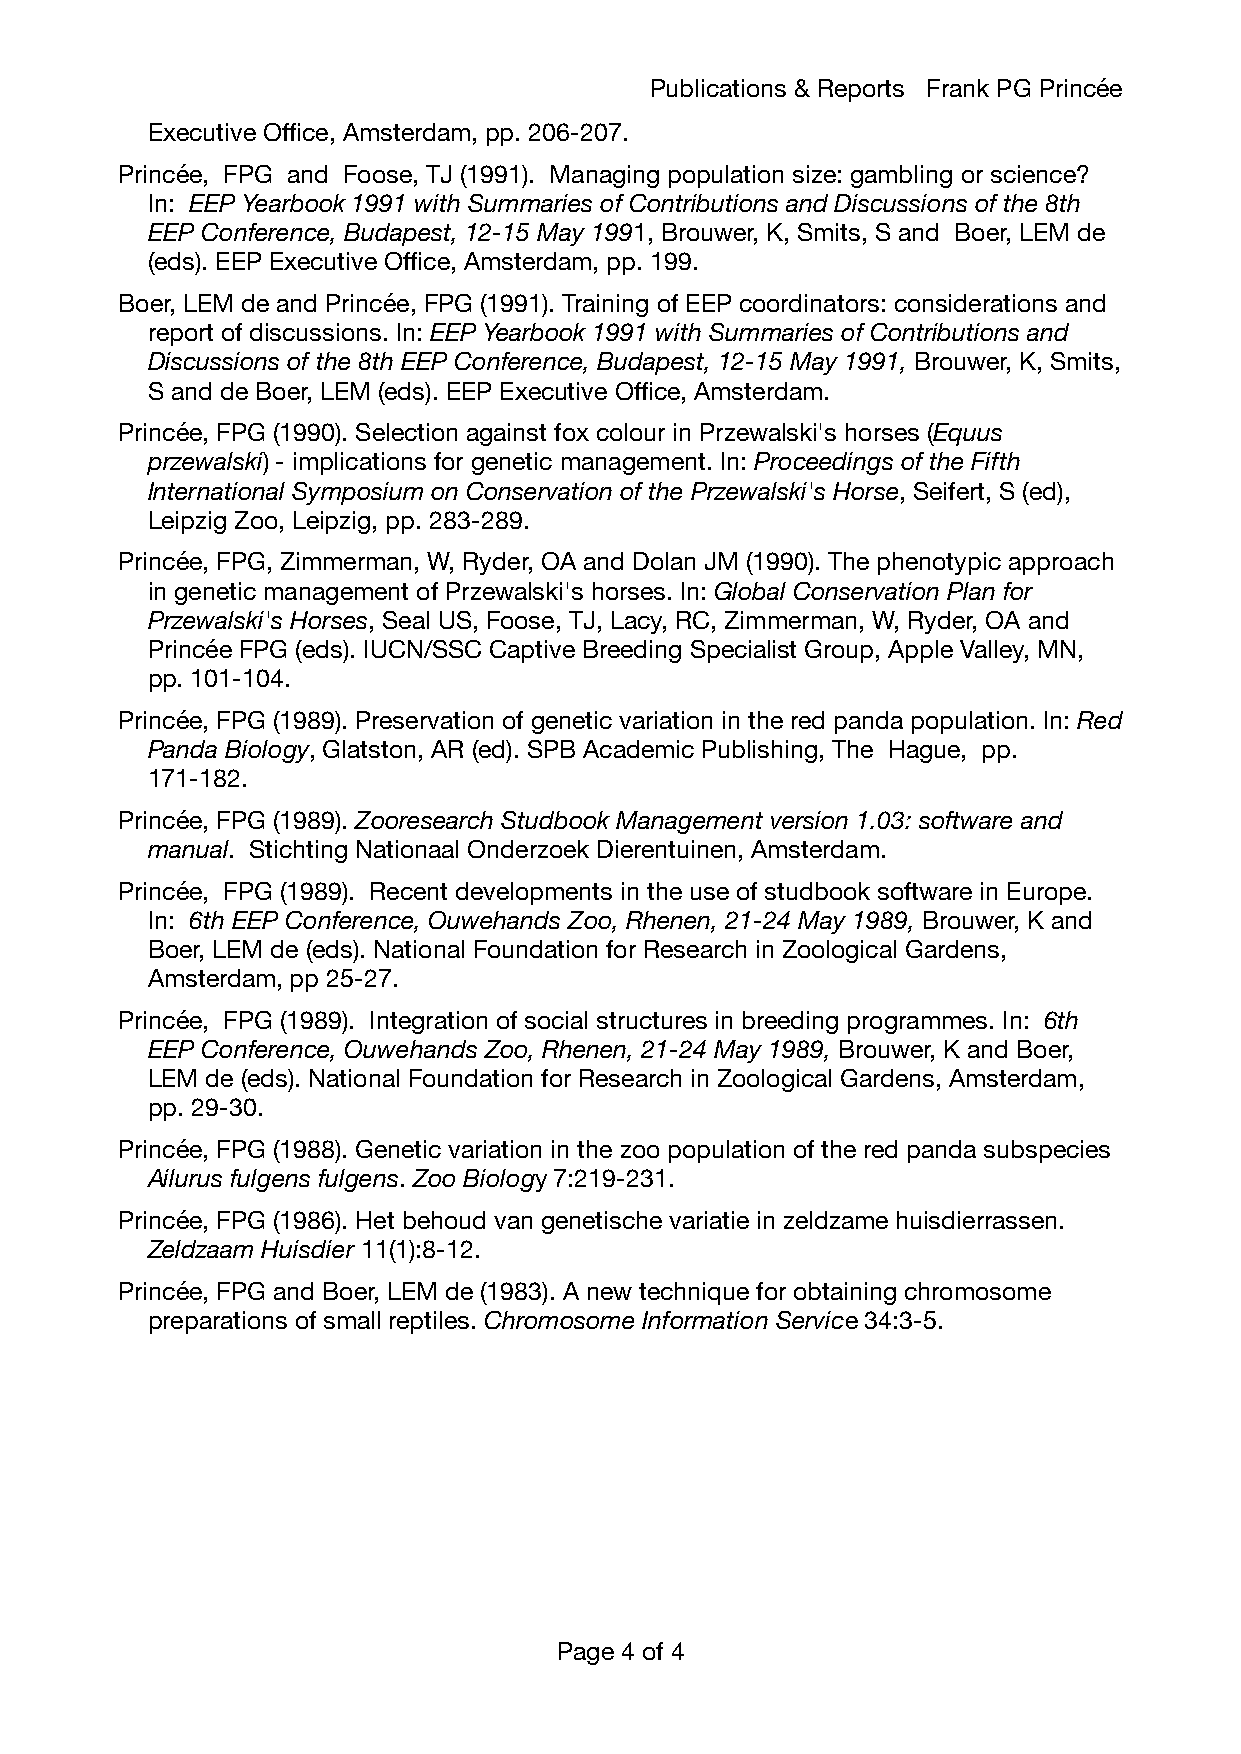
Publications & Reports Frank PG Princée
 Executive Office, Amsterdam, pp. 206-207.
 Princée, FPG and Foose, TJ (1991). Managing population size: gambling or science?
 In: EEP Yearbook 1991 with Summaries of Contributions and Discussions of the 8th
 EEP Conference, Budapest, 12-15 May 1991, Brouwer, K, Smits, S and Boer, LEM de
 (eds). EEP Executive Office, Amsterdam, pp. 199.
 Boer, LEM de and Princée, FPG (1991). Training of EEP coordinators: considerations and
 report of discussions. In: EEP Yearbook 1991 with Summaries of Contributions and
 Discussions of the 8th EEP Conference, Budapest, 12-15 May 1991, Brouwer, K, Smits,
 S and de Boer, LEM (eds). EEP Executive Office, Amsterdam.
 Princée, FPG (1990). Selection against fox colour in Przewalski's horses (Equus
 przewalski) - implications for genetic management. In: Proceedings of the Fifth
 International Symposium on Conservation of the Przewalski's Horse, Seifert, S (ed),
 Leipzig Zoo, Leipzig, pp. 283-289.
 Princée, FPG, Zimmerman, W, Ryder, OA and Dolan JM (1990). The phenotypic approach
 in genetic management of Przewalski's horses. In: Global Conservation Plan for
 Przewalski's Horses, Seal US, Foose, TJ, Lacy, RC, Zimmerman, W, Ryder, OA and
 Princée FPG (eds). IUCN/SSC Captive Breeding Specialist Group, Apple Valley, MN,
 pp. 101-104.
 Princée, FPG (1989). Preservation of genetic variation in the red panda population. In: Red
 Panda Biology, Glatston, AR (ed). SPB Academic Publishing, The Hague, pp.
 171-182.
 Princée, FPG (1989). Zooresearch Studbook Management version 1.03: software and
 manual. Stichting Nationaal Onderzoek Dierentuinen, Amsterdam.
 Princée, FPG (1989). Recent developments in the use of studbook software in Europe.
 In: 6th EEP Conference, Ouwehands Zoo, Rhenen, 21-24 May 1989, Brouwer, K and
 Boer, LEM de (eds). National Foundation for Research in Zoological Gardens,
 Amsterdam, pp 25-27.
 Princée, FPG (1989). Integration of social structures in breeding programmes. In: 6th
 EEP Conference, Ouwehands Zoo, Rhenen, 21-24 May 1989, Brouwer, K and Boer,
 LEM de (eds). National Foundation for Research in Zoological Gardens, Amsterdam,
 pp. 29-30.
 Princée, FPG (1988). Genetic variation in the zoo population of the red panda subspecies
 Ailurus fulgens fulgens. Zoo Biology 7:219-231.
 Princée, FPG (1986). Het behoud van genetische variatie in zeldzame huisdierrassen.
 Zeldzaam Huisdier 11(1):8-12.
 Princée, FPG and Boer, LEM de (1983). A new technique for obtaining chromosome
 preparations of small reptiles. Chromosome Information Service 34:3-5.
 Page 4 of 4